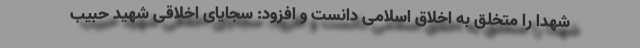
شهدا را متخلق به اخلاق اسلامی دانست و افزود: سجایای اخلاقی شهید حبیب